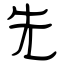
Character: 先